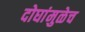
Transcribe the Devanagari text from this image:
दोघांमुळेच